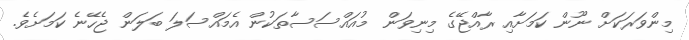
މިންވަރަކަށް ނޫން ކަމަށާއި ރާއްޖޭގެ މިނިވަން މުއައްސަސާތަކުން އެމައްސަލަ ބަލަން ޖެހޭނެ ކަމަށެވެ.